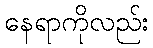
နေရာကိုလည်း